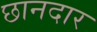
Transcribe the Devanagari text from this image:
छानदार